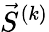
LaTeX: \vec{S}^{(k)}